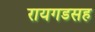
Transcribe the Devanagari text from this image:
रायगडसह